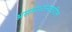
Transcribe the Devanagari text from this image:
असमाधानावरील